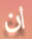
ان